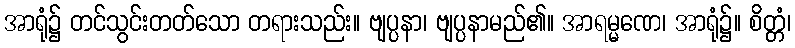
အာရုံ၌ တင်သွင်းတတ်သော တရားသည်း။ ဗျပ္ပနာ၊ ဗျပ္ပနာမည်၏။ အာရမ္မဏေ၊ အာရုံ၌။ စိတ္တံ၊